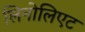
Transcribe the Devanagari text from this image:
लिनोलिएट